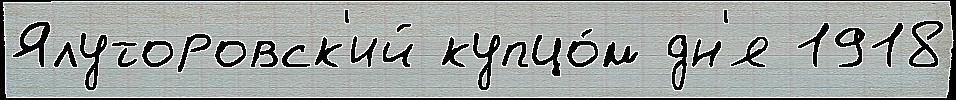
Ялуторовск'ий купцо́м дн'я 1918